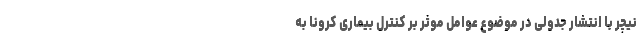
نیچر با انتشار جدولی در موضوع عوامل موثر بر کنترل بیماری کرونا به